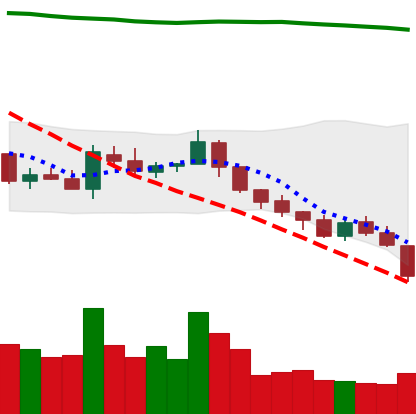
Ticker: TRX-USD
Chart end date: 2018-08-08
Forward return: -20.913%
Label: down_7plus